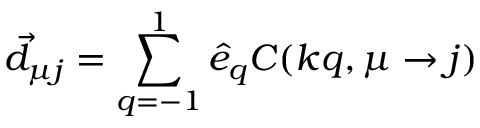
\vec { d } _ { \mu j } = \sum _ { q = - 1 } ^ { 1 } \hat { e } _ { q } C ( k q , \mu \to j )